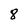
Character: 8